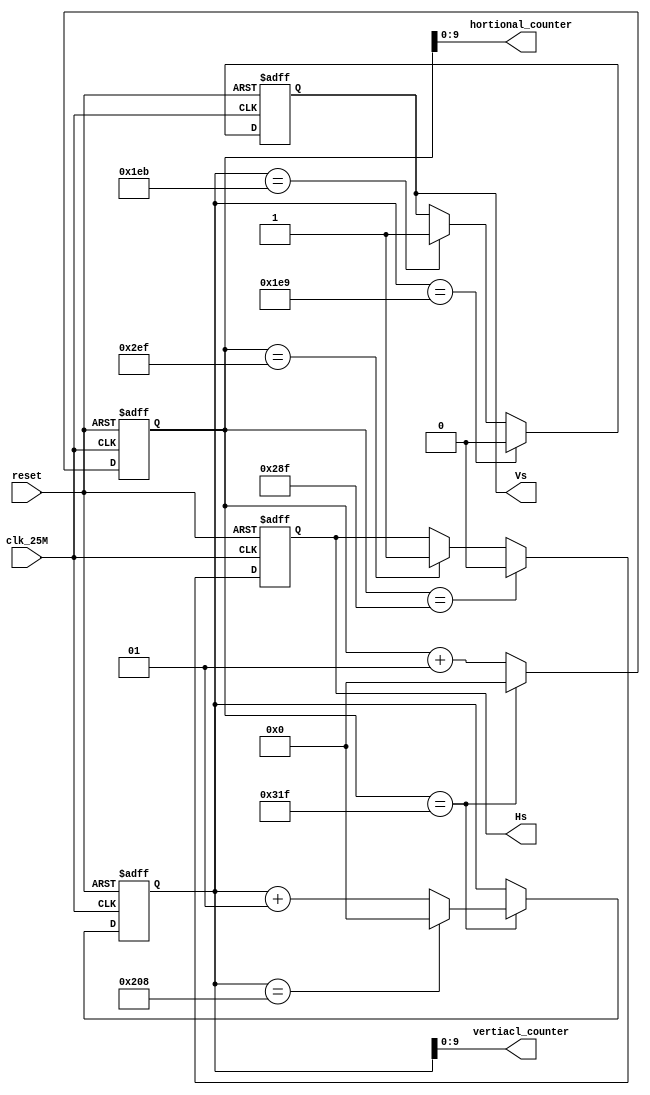
module VGA_sm(clk_25M,reset,Hs,Vs,hortional_counter,vertiacl_counter);
input clk_25M,reset;
output Hs,Vs;
output [9:0]hortional_counter;
output [9:0] vertiacl_counter;
reg Hs,Vs;

wire [9:0]hortional_counter;
wire [9:0] vertiacl_counter;
integer i,j;
/////////////////////////////////////////////
////////////////////////////////////////////
always @(posedge clk_25M or posedge reset)
begin

   if(reset)begin j<=0;i<=0;end
  
   else if(j==799)
        begin
            j<=0;
            if(i==520)i<=0;
            else i<=i+1;
          end
   else j<=j+1;
  
end
//////////////////////////////////////////// 
always @(posedge clk_25M or posedge reset)
begin

     if(reset) Hs<=1;
	else if(j == 640-1+16) Hs<=0;
	else if(j == 640-1+16+96) Hs<=1;
	else Hs<=Hs;
end
////////////////////////////////////////////// 
always @(posedge clk_25M or posedge reset)
begin

     if(reset) Vs<=1;
     else if(i==480-1+10)Vs<=0;
   
   else if(i==480-1+10+2)Vs<=1;
   
   else Vs<=Vs;
end
/////////////////////////////////////////////              
assign hortional_counter = j;
assign vertiacl_counter = i; 
               
endmodule